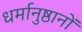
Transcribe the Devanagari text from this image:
धर्मानुष्ठानों